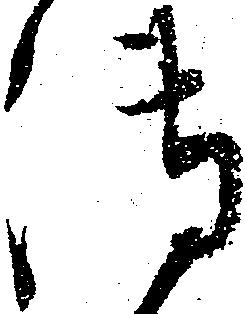
御